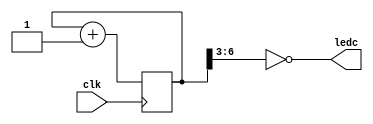
module led_blink (
        input clk,
        output ledc
    );
 
    reg [6:0] led_counter = 0;
    always @( posedge clk ) begin
            led_counter <= led_counter + 1;
    end
    assign ledc = !led_counter[ 6:3 ];
 
endmodule